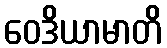
ဝေဒိယာမာတိ